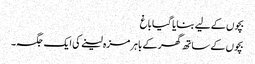
بچوں کے لیے بنایا گیا باغ
بچوں کے ساتھ گھر کے باہر مزہ لینے کی ایک جگہ۔